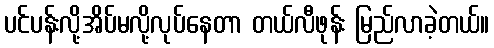
ပင်ပန်းလို့အိပ်မလို့လုပ်နေတာ တယ်လီဖုန်း မြည်လာခဲ့တယ်။